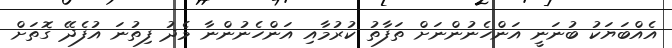
އެއްބަޔަކު ބުނަނީ އަންހެނުންނަށް ތަފާތު ކުރުމާއި އަންހެނުންނާ މެދު ފިތުނަ އުފެދޭ ގޮތަށް